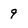
Character: 9